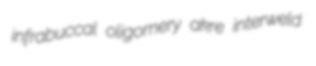
infrabuccal oligomery akre interweld